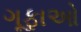
ગૂફાઓ